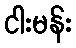
ငါးမန်း